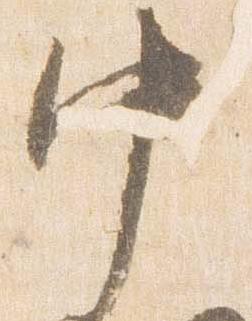
中